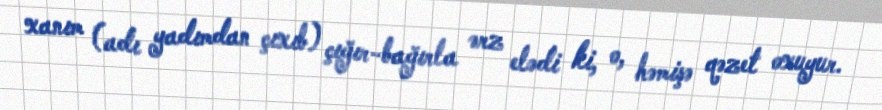
xanım (adı yadımdan çıxıb) çığır-bağırla ərz elədi ki, o, həmişə qəzet oxuyur.